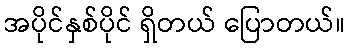
အပိုင်နှစ်ပိုင် ရှိတယ် ပြောတယ်။